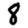
Digit: 8